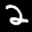
Label: 2